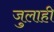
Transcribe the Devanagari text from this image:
जुलाही